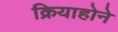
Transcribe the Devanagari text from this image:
क्रियाहोने